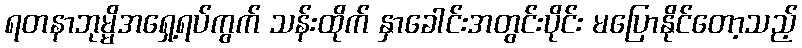
ရတနာဘုမ္မိအရှေ့ရပ်ကွက် သန်းထိုက် နှာခေါင်းအတွင်းပိုင်း မပြောနိုင်တော့သည့်